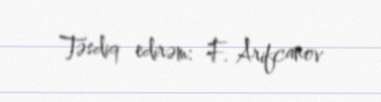
Təsdiq edirəm: F. Arifcanov